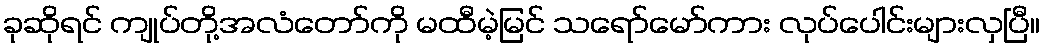
ခုဆိုရင် ကျုပ်တို့အလံတော်ကို မထီမဲ့မြင် သရော်မော်ကား လုပ်ပေါင်းများလှပြီ။